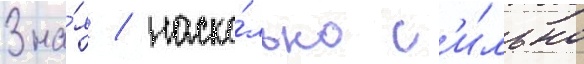
Зна́я / наско́лько с'и́льно